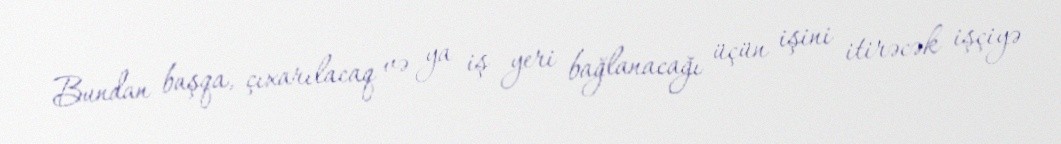
Bundan başqa, çıxarılacaq və ya iş yeri bağlanacağı üçün işini itirəcək işçiyə